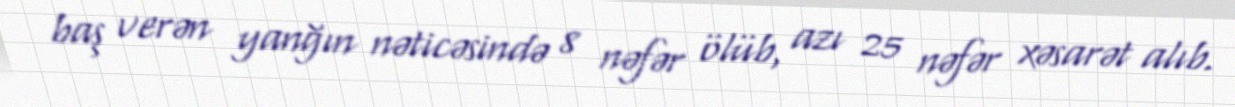
baş verən yanğın nəticəsində 8 nəfər ölüb, azı 25 nəfər xəsarət alıb.